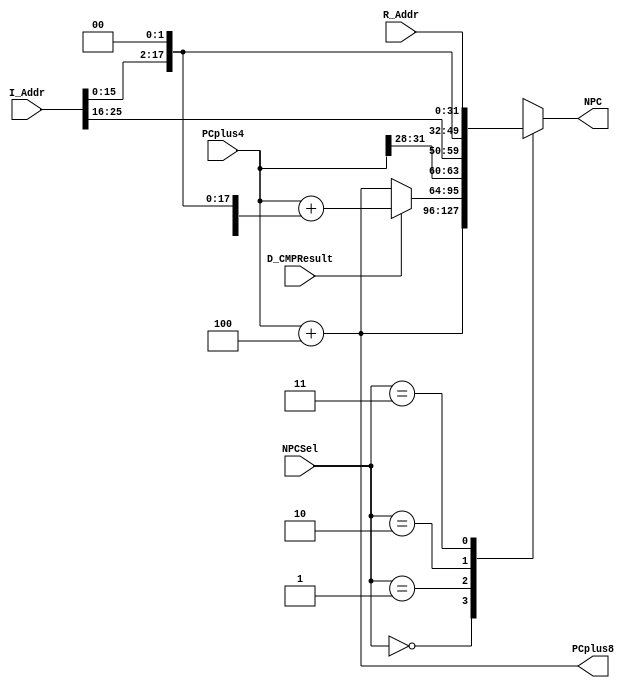
`timescale 1ns / 1ps


module npc(
	input [31:0] PCplus4,
	input [25:0] I_Addr,
	input [31:0] R_Addr,
	input [1:0] NPCSel,
	input D_CMPResult,
	output [31:0] NPC,
	output [31:0] PCplus8
    );

    wire [31:0] npc_1, npc_2, npc_3, npc_4;
	reg [31:0] _npc;
	
	assign NPC = _npc;
	assign PCplus8 = PCplus4 + 4;
	
	assign npc_1 = PCplus4 + 4;
	assign npc_2 = PCplus4 + {{14{I_Addr[15]}}, I_Addr[15:0], {2{1'b0}}};
	assign npc_3 = {PCplus4[31:28], I_Addr, {2{1'b0}}};
	assign npc_4 = R_Addr;
	
	always @ (*) begin
		case (NPCSel)
			2'b00 : _npc = npc_1;
			2'b01 : 
				begin
					if (D_CMPResult)
						_npc = npc_2;
					else
						_npc = npc_1;
				end
			2'b10 : _npc = npc_3;
			2'b11 : _npc = npc_4;
			default : _npc = 32'bx;
		endcase
	end
	
	
endmodule